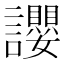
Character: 𧮆